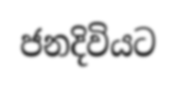
ජනදිවියට